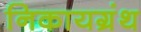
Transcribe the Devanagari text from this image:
निकायग्रंथ